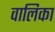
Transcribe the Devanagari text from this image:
वालिका